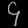
Digit: ၄